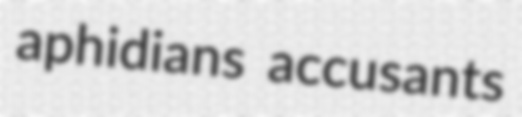
aphidians accusants